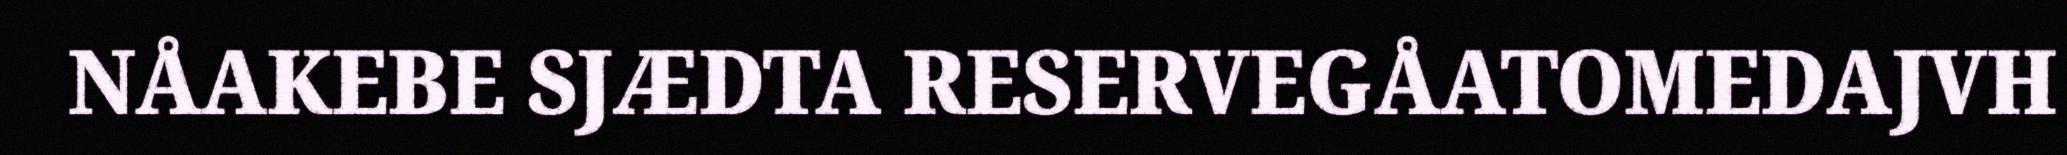
NÅAKEBE SJÆDTA RESERVEGÅATOMEDAJVH